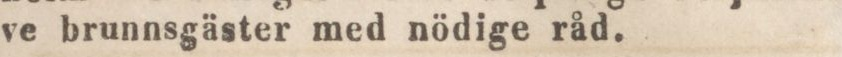
ve brunnsgäster med nödige råd.